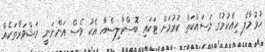
ހުޅުމާލެ ހިއްކުމުގެ މަސައްކަތް ކުރުމަށް ޓަކައި ބޮސްކާލިސްއާ އެކު ވެސް އަންނަނީ މަޝްވަރާތަކެއް